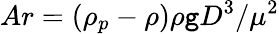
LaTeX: Ar=(\rho_{p}-\rho)\rho\mathtt{g}D^{3}/\mu^{2}